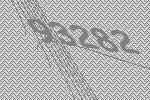
93282